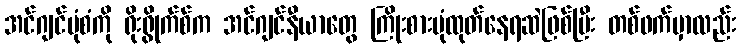
အင်ဂျင်ပုံစံကို ရိုးရွိုက်စ်က အင်ဂျင်နီယာတွေ ကြိုးစားပုံထုတ်နေရဆဲဖြစ်ပြီး တစ်ဖက်မှာလည်း